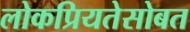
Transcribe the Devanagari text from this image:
लोकप्रियतेसोबत